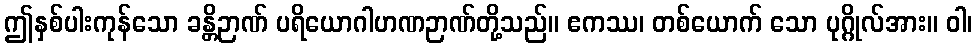
ဤနှစ်ပါးကုန်သော ခန္တိဉာဏ် ပရိယောဂါဟဏဉာဏ်တို့သည်။ ဧကဿ၊ တစ်ယောက် သော ပုဂ္ဂိုလ်အား။ ဝါ၊